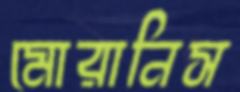
মোরানিস